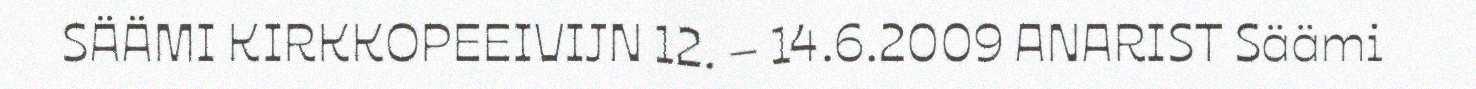
SÄÄMI KIRKKOPEEIVIJN 12. – 14.6.2009 ANARIST Säämi